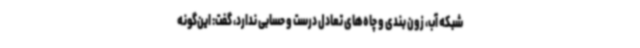
شبکه آب، زون بندی و چاه‌های تعادل درست و حسابی ندارد، گفت: این‌گونه